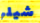
شيلر